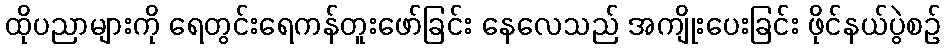
ထိုပညာများကို ရေတွင်းရေကန်တူးဖော်ခြင်း နေလေသည် အကျိုးပေးခြင်း ဖိုင်နယ်ပွဲစဉ်